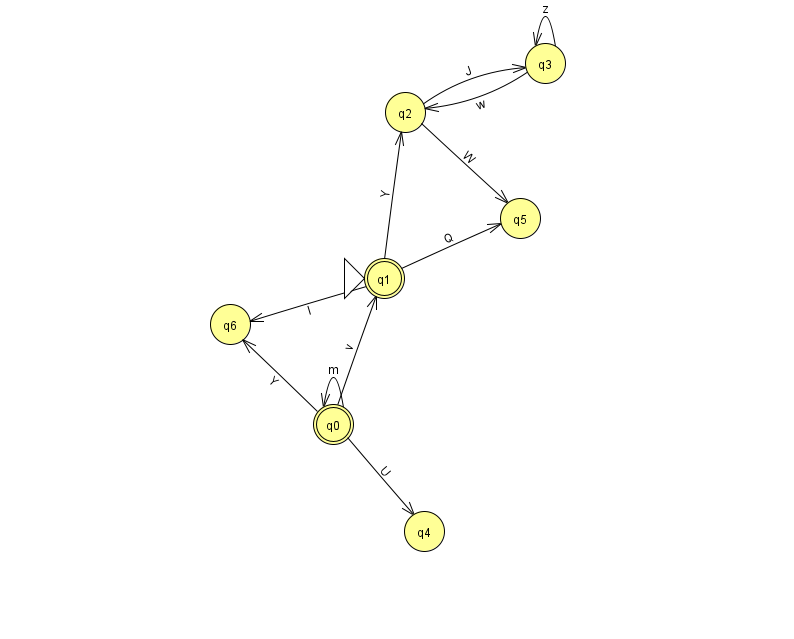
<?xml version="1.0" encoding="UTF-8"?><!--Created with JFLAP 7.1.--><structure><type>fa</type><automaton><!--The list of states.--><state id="0" name="q0"><x>333.0</x><y>411.0</y><final/></state><state id="1" name="q1"><x>384.0</x><y>265.0</y><initial/><final/></state><state id="2" name="q2"><x>405.0</x><y>99.0</y></state><state id="3" name="q3"><x>545.0</x><y>50.0</y></state><state id="4" name="q4"><x>424.0</x><y>518.0</y></state><state id="5" name="q5"><x>520.0</x><y>205.0</y></state><state id="6" name="q6"><x>230.0</x><y>311.0</y></state><!--The list of transitions.--><transition><from>1</from><to>6</to><read>l</read></transition><transition><from>0</from><to>4</to><read>U</read></transition><transition><from>3</from><to>2</to><read>w</read></transition><transition><from>3</from><to>3</to><read>z</read></transition><transition><from>0</from><to>1</to><read>v</read></transition><transition><from>2</from><to>3</to><read>J</read></transition><transition><from>0</from><to>0</to><read>m</read></transition><transition><from>0</from><to>6</to><read>Y</read></transition><transition><from>1</from><to>2</to><read>Y</read></transition><transition><from>1</from><to>5</to><read>Q</read></transition><transition><from>2</from><to>5</to><read>W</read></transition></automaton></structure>